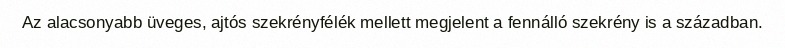
Az alacsonyabb üveges, ajtós szekrényfélék mellett megjelent a fennálló szekrény is a században.